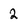
Character: 2